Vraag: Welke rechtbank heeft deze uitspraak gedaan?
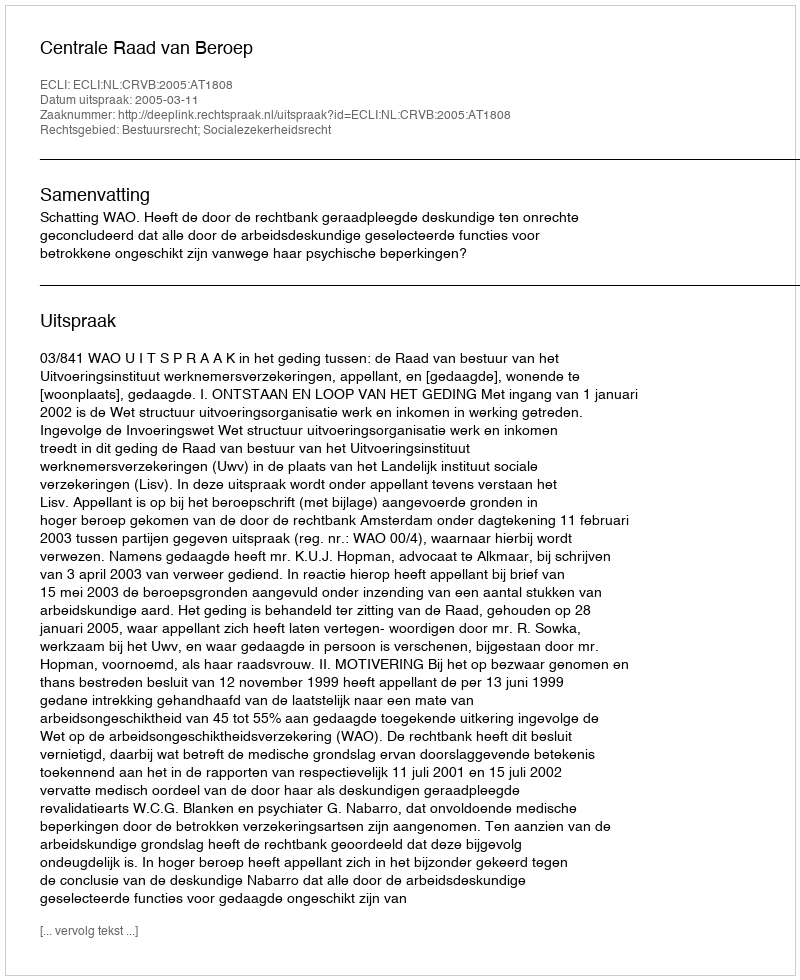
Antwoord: Centrale Raad van Beroep